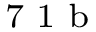
^ \textrm { \scriptsize 7 1 b }